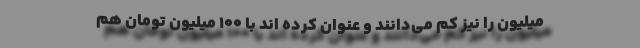
میلیون را نیز کم می‌دانند و عنوان کرده اند با ۱۰۰ میلیون تومان هم